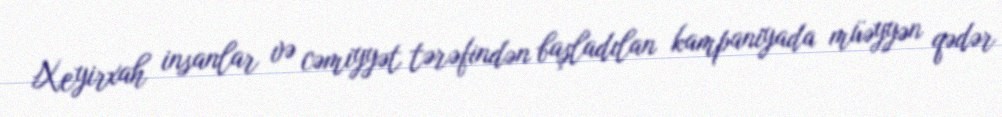
Xeyirxah insanlar və cəmiyyət tərəfindən başladılan kampaniyada müəyyən qədər